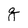
Character: g